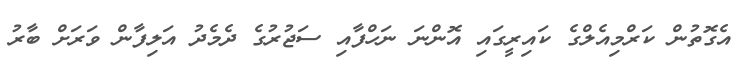
އެގޮތުން ކަރްމިއެލްގެ ކައިރީގައި އޮންނަ ނަހްފާއި ސަޖުރުގެ ދެމެދު އަލިފާން ވަރަށް ބާރު